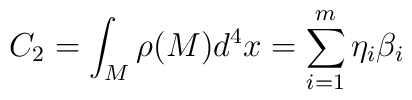
C_2=\int_M\rho (M)d^4x=\sum_{i=1}^m\eta _i\beta _i